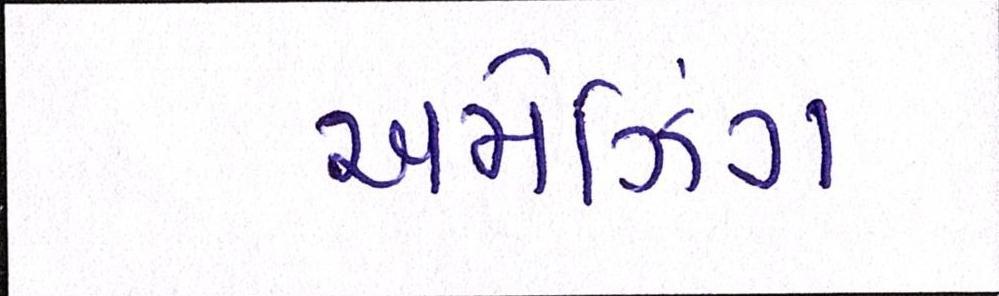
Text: અમેઝિંગ